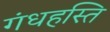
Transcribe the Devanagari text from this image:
गंधहस्ति